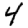
Digit: 4